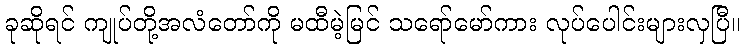
ခုဆိုရင် ကျုပ်တို့အလံတော်ကို မထီမဲ့မြင် သရော်မော်ကား လုပ်ပေါင်းများလှပြီ။